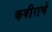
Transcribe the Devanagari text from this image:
कबीराचे